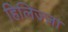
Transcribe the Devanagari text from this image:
हिलिज्ज़ा